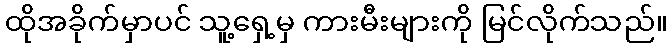
ထိုအခိုက်မှာပင် သူ့ရှေ့မှ ကားမီးများကို မြင်လိုက်သည်။